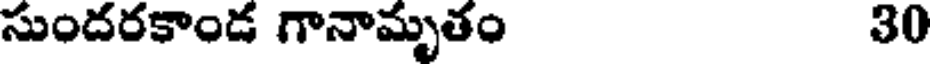
సుందరకాండ గానామృతం 30